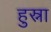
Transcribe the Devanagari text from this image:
हुस्ना